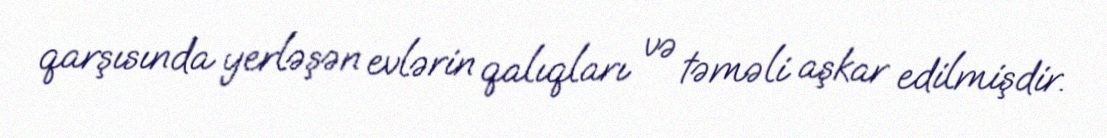
qarşısında yerləşən evlərin qalıqları və təməli aşkar edilmişdir.